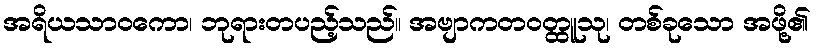
အရိယသာဝကော၊ ဘုရားတပည့်သည်။ အဗျာကတဝတ္ထူသု၊ တစ်ခုသော အဖို့၏